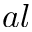
a l